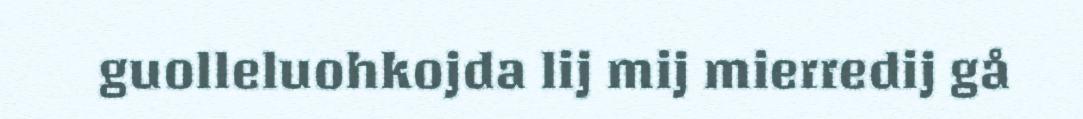
guolleluohkojda lij mij mierredij gå